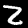
Digit: 2